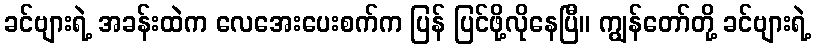
ခင်ဗျားရဲ့ အခန်းထဲက လေအေးပေးစက်က ပြန် ပြင်ဖို့လိုနေပြီ။ ကျွန်တော်တို့ ခင်ဗျားရဲ့